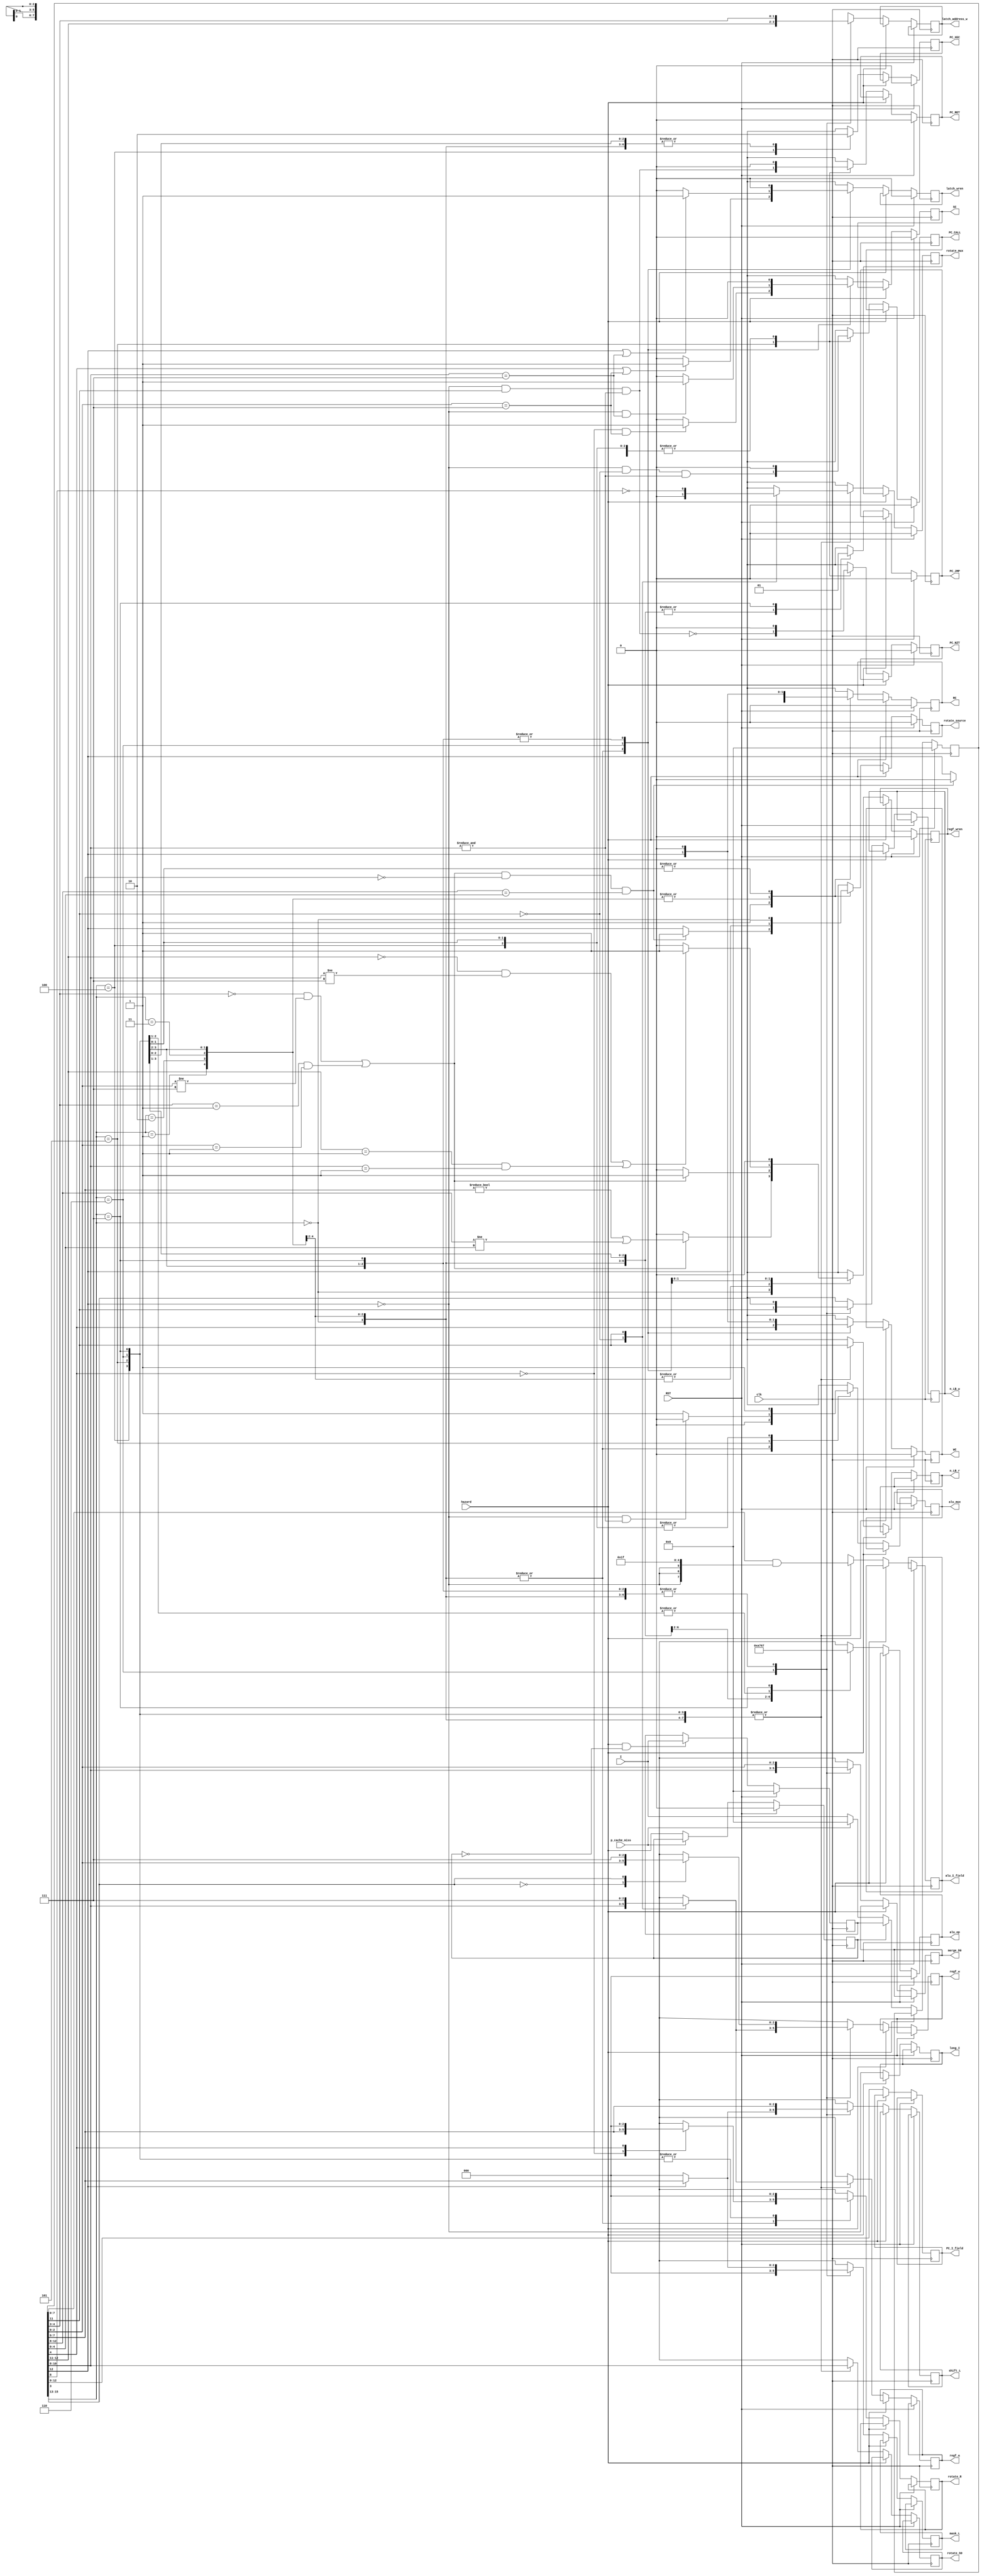
module decode_unit(
		input wire clk,
		input wire RST,
		input wire hazard,
		input wire p_cache_miss,
		input wire[15:0] I,
		output wire SC,
		output wire WC,
		output wire RC,
		output wire n_LB_w,
		output wire n_LB_r,
		output wire[2:0] rotate_S0,
		output wire[2:0] rotate_R,
		output wire rotate_source,
		output wire rotate_mux,
		output wire[2:0] mask_L,
		output wire[2:0] alu_op,
		output wire alu_mux,
		output wire[7:0] alu_I_field,
		output wire latch_wren,
		output wire[1:0] latch_address_w,
		//output wire[1:0] latch_address_r,
		output wire[2:0] merge_D0,
		output wire[2:0] shift_L,
		output wire[2:0] regf_a,
		output wire[2:0] regf_w,
		output wire regf_wren,
		output wire PC_JMP,
		output wire PC_XEC,
		output wire PC_NZT,
		output wire PC_CALL,
		output wire PC_RET,
		output wire[12:0] PC_I_field,
		output wire long_I);
reg[15:0] I_reg;
reg[15:0] I_alternate;
reg prev_hazard;

reg JMP;
reg NZT;
reg XEC;
reg CALL;
reg RET;
reg regf_wren_reg;
reg SC_reg;
reg WC_reg;
reg RC_reg;
reg[2:0] alu_op_reg;
reg n_LB_w_reg;
reg n_LB_r_reg;
reg[2:0] rotate_S0_reg;
reg[2:0] rotate_R_reg;
reg rotate_source_reg;
reg rotate_mux_reg;
reg[2:0] mask_L_reg;
reg alu_mux_reg;
reg[7:0] alu_I_field_reg;
reg latch_wren_reg;
reg[1:0] latch_address_w_reg;
//reg[1:0] latch_address_r_reg;
reg[2:0] merge_D0_reg;
reg[2:0] shift_L_reg;
reg[2:0] regf_a_reg, regf_w_reg;

reg[12:0] PC_I_field_reg;
reg long_I_reg;

always @(posedge clk)
begin
	if(RST)
	begin
		I_reg <= 16'h00;
		I_alternate <= 16'h0000;
		prev_hazard <= 1'b0;
	end
	else 
	begin
		if(~p_cache_miss)
			prev_hazard <= hazard;
		if(hazard & (~prev_hazard))
			I_alternate <= I;
		if(~hazard)
		begin
			if(prev_hazard)
				I_reg <= I_alternate;
			else if(p_cache_miss)
				I_reg <= 16'h0000;	//NOP
			else
				I_reg <= I;
		end
	end
	
	if(RST)
	begin
		JMP <= 1'b0;
		NZT <= 1'b0;
		XEC <= 1'b0;
		CALL <= 1'b0;
		RET <= 1'b0;
		regf_wren_reg <= 1'b0;
		SC_reg <= 1'b0;
		WC_reg <= 1'b0;
		RC_reg <= 1'b0;
		alu_op_reg <= 0;
		rotate_source_reg <= 1'b0;
		rotate_mux_reg <= 1'b0;
		latch_wren_reg <= 1'b0;
	end
	else if(~hazard)
	begin
		PC_I_field_reg <= I_reg[12:0];
		long_I_reg <= ~I_reg[12];
		case(I_reg[15:13])
		3'h0:	//move
		begin
			case(I_reg[11])	//S1 field
			1'h0: regf_a_reg <= I_reg[10:8];
			1'h1: regf_a_reg <= 3'h7;
			endcase
			n_LB_r_reg <= I_reg[11];
			JMP <= 1'b0;
			
			case(I_reg[11])
			1'b0: rotate_mux_reg <= 1'b0;
			1'b1: rotate_mux_reg <= ~I_reg[8];
			endcase
			if(((I_reg[4:3] == 2'b00 && I_reg[2:0] != 3'h7) || (I_reg[4:3] == 2'b01 && I_reg[2:0] == 3'b001)) & (I_reg[7:5] == 3'h0) & (I_reg[12:8] == I_reg[4:0]))	//if NOP
			begin
				//rotate_mux_reg <= 1'b1;	//is this really needed?
				rotate_source_reg <= 1'b1;
				RC_reg <= 1'b0;
			end
			else
			begin
				rotate_source_reg <= I_reg[12];
				RC_reg <= I_reg[12];
			end
			
			case(I_reg[4])
			1'b0: rotate_R_reg <= I_reg[7:5];
			1'b1: rotate_R_reg <= 3'b000;
			endcase
			rotate_S0_reg <= I_reg[10:8];
			
			if(I_reg[12])
				mask_L_reg <= I_reg[7:5];
			else
				mask_L_reg <= 3'h0;
				
			alu_op_reg <= 3'h0;	//move
			alu_mux_reg <= 1'b0;
			alu_I_field_reg <= I_reg[7:0] & {{3{~I_reg[12]}}, 5'b11111};
			
			shift_L_reg <= I_reg[7:5];
			case(I_reg[3])
			1'b0: regf_w_reg <= I_reg[2:0];
			1'b1: regf_w_reg <= 3'h7;
			endcase
			if((I_reg[4:3] == 2'b00 && I_reg[2:0] != 3'h7) || (I_reg[4:3] == 2'b01 && I_reg[2:0] == 3'b001))
				regf_wren_reg <= ((I_reg[7:5] != 3'h0) | (I_reg[12:8] != I_reg[4:0]));	//prevent NOP from triggering hazard detection
			else
				regf_wren_reg <= 1'b0;
			//latch_address_r_reg <= I_reg[4:3];
			NZT <= 1'b0;
			XEC <= 1'b0;
			CALL <= 1'b0;
			RET <= 1'b0;
			
			merge_D0_reg <= I_reg[2:0];
			WC_reg <= I_reg[4];
			if(I_reg[4] == 1'b0 && (I_reg[2:0] == 3'h7))
				SC_reg <= 1'b1;
			else
				SC_reg <= 1'b0;
			n_LB_w_reg <= I_reg[3];
			if(I_reg[4] || (I_reg[2:0] == 3'h7))
				latch_wren_reg <= 1'b1;
			else
				latch_wren_reg <= 1'b0;
			latch_address_w_reg <= I_reg[4:3];
		end
		3'h1:	//add
		begin
			case(I_reg[11])	//S1 field
			1'h0: regf_a_reg <= I_reg[10:8];
			1'h1: regf_a_reg <= 3'h7;
			endcase
			n_LB_r_reg <= I_reg[11];
			JMP <= 1'b0;
			
			case(I_reg[11])
			1'b0: rotate_mux_reg <= 1'b0;
			1'b1: rotate_mux_reg <= ~I_reg[8];
			endcase
			rotate_source_reg <= I_reg[12];
			RC_reg <= I_reg[12];
			case(I_reg[4])
			1'b0: rotate_R_reg <= I_reg[7:5];
			1'b1: rotate_R_reg <= 3'b000;
			endcase
			rotate_S0_reg <= I_reg[10:8];
			
			if(I_reg[12])
				mask_L_reg <= I_reg[7:5];
			else
				mask_L_reg <= 3'h0;
				
			alu_op_reg <= 3'h1;	//add
			alu_mux_reg <= 1'b0;
			alu_I_field_reg <= I_reg[7:0] & {{3{~I_reg[12]}}, 5'b11111};
			
			shift_L_reg <= I_reg[7:5];
			case(I_reg[3])
			1'b0: regf_w_reg <= I_reg[2:0];
			1'b1: regf_w_reg <= 3'h7;
			endcase
			if((I_reg[4:3] == 2'b00 && I_reg[2:0] != 3'h7) || (I_reg[4:3] == 2'b01 && I_reg[2:0] == 3'b001))
				regf_wren_reg <= 1'b1;
			else
				regf_wren_reg <= 1'b0;
			//latch_address_r_reg <= I_reg[4:3];
			NZT <= 1'b0;
			XEC <= 1'b0;
			CALL <= 1'b0;
			RET <= 1'b0;
			
			merge_D0_reg <= I_reg[2:0];
			WC_reg <= I_reg[4];
			if(I_reg[4] == 1'b0 && (I_reg[2:0] == 3'h7))
				SC_reg <= 1'b1;
			else
				SC_reg <= 1'b0;
			n_LB_w_reg <= I_reg[3];
			if(I_reg[4] || (I_reg[2:0] == 3'h7))
				latch_wren_reg <= 1'b1;
			else
				latch_wren_reg <= 1'b0;
			latch_address_w_reg <= I_reg[4:3];
		end
		3'h2:	//and
		begin
			case(I_reg[11])	//S1 field
			1'h0: regf_a_reg <= I_reg[10:8];
			1'h1: regf_a_reg <= 3'h7;
			endcase
			n_LB_r_reg <= I_reg[11];
			JMP <= 1'b0;
			
			case(I_reg[11])
			1'b0: rotate_mux_reg <= 1'b0;
			1'b1: rotate_mux_reg <= ~I_reg[8];
			endcase
			rotate_source_reg <= I_reg[12];
			RC_reg <= I_reg[12];
			case(I_reg[4])
			1'b0: rotate_R_reg <= I_reg[7:5];
			1'b1: rotate_R_reg <= 3'b000;
			endcase
			rotate_S0_reg <= I_reg[10:8];
			
			if(I_reg[12])
				mask_L_reg <= I_reg[7:5];
			else
				mask_L_reg <= 3'h0;
				
			alu_op_reg <= 3'h2;	//and
			alu_mux_reg <= 1'b0;
			alu_I_field_reg <= I_reg[7:0] & {{3{~I_reg[12]}}, 5'b11111};
			
			shift_L_reg <= I_reg[7:5];
			case(I_reg[3])
			1'b0: regf_w_reg <= I_reg[2:0];
			1'b1: regf_w_reg <= 3'h7;
			endcase
			if((I_reg[4:3] == 2'b00 && I_reg[2:0] != 3'h7) || (I_reg[4:3] == 2'b01 && I_reg[2:0] == 3'b001))
				regf_wren_reg <= 1'b1;
			else
				regf_wren_reg <= 1'b0;
			//latch_address_r_reg <= I_reg[4:3];
			NZT <= 1'b0;
			XEC <= 1'b0;
			CALL <= 1'b0;
			RET <= 1'b0;
			
			merge_D0_reg <= I_reg[2:0];
			WC_reg <= I_reg[4];
			if(I_reg[4] == 1'b0 && (I_reg[2:0] == 3'h7))
				SC_reg <= 1'b1;
			else
				SC_reg <= 1'b0;
			n_LB_w_reg <= I_reg[3];
			if(I_reg[4] || (I_reg[2:0] == 3'h7))
				latch_wren_reg <= 1'b1;
			else
				latch_wren_reg <= 1'b0;
			latch_address_w_reg <= I_reg[4:3];
		end
		3'h3:	//xor
		begin
			case(I_reg[11])	//S1 field
			1'h0: regf_a_reg <= I_reg[10:8];
			1'h1: regf_a_reg <= 3'h7;
			endcase
			n_LB_r_reg <= I_reg[11];
			JMP <= 1'b0;
			
			case(I_reg[11])
			1'b0: rotate_mux_reg <= 1'b0;
			1'b1: rotate_mux_reg <= ~I_reg[8];
			endcase
			rotate_source_reg <= I_reg[12];
			RC_reg <= I_reg[12];
			case(I_reg[4])
			1'b0: rotate_R_reg <= I_reg[7:5];
			1'b1: rotate_R_reg <= 3'b000;
			endcase
			rotate_S0_reg <= I_reg[10:8];
			
			if(I_reg[12])
				mask_L_reg <= I_reg[7:5];
			else
				mask_L_reg <= 3'h0;
				
			alu_op_reg <= 3'h3;	//xor
			alu_mux_reg <= 1'b0;
			alu_I_field_reg <= I_reg[7:0] & {{3{~I_reg[12]}}, 5'b11111};
			
			shift_L_reg <= I_reg[7:5];
			case(I_reg[3])
			1'b0: regf_w_reg <= I_reg[2:0];
			1'b1: regf_w_reg <= 3'h7;
			endcase
			if((I_reg[4:3] == 2'b00 && I_reg[2:0] != 3'h7) || (I_reg[4:3] == 2'b01 && I_reg[2:0] == 3'b001))
				regf_wren_reg <= 1'b1;
			else
				regf_wren_reg <= 1'b0;
			//latch_address_r_reg <= I_reg[4:3];
			NZT <= 1'b0;
			XEC <= 1'b0;
			CALL <= 1'b0;
			RET <= 1'b0;
			
			merge_D0_reg <= I_reg[2:0];
			WC_reg <= I_reg[4];
			if(I_reg[4] == 1'b0 && (I_reg[2:0] == 3'h7))
				SC_reg <= 1'b1;
			else
				SC_reg <= 1'b0;
			n_LB_w_reg <= I_reg[3];
			if(I_reg[4] || (I_reg[2:0] == 3'h7))
				latch_wren_reg <= 1'b1;
			else
				latch_wren_reg <= 1'b0;
			latch_address_w_reg <= I_reg[4:3];
		end
		3'h4:	//xec
		begin
			case(I_reg[11])	//S1 field
			1'h0: regf_a_reg <= I_reg[10:8];
			1'h1: regf_a_reg <= 3'h7;
			endcase
			n_LB_r_reg <= I_reg[11];
			JMP <= 1'b0;
			
			case(I_reg[11])
			1'b0: rotate_mux_reg <= 1'b0;
			1'b1: rotate_mux_reg <= ~I_reg[8];
			endcase
			rotate_source_reg <= I_reg[12];
			RC_reg <= I_reg[12];
			rotate_R_reg <= 3'b000;
			rotate_S0_reg <= I_reg[10:8];
			
			if(I_reg[12])
				mask_L_reg <= I_reg[7:5];
			else
				mask_L_reg <= 3'h0;
			
			alu_op_reg <= 3'h5;
			alu_mux_reg <= 1'b1;
			alu_I_field_reg <= I_reg[7:0] & {{3{~I_reg[12]}}, 5'b11111};
			
			shift_L_reg <= I_reg[7:5];
			case(I_reg[3])
			1'b0: regf_w_reg <= I_reg[2:0];
			1'b1: regf_w_reg <= 3'h7;
			endcase
			regf_wren_reg <= 1'b0;
			//latch_address_r_reg <= I_reg[4:3];
			NZT <= 1'b0;
			XEC <= 1'b1;
			CALL <= 1'b0;
			RET <= 1'b0;
			
			merge_D0_reg <= I_reg[2:0];
			WC_reg <= 1'b0;
			SC_reg <= 1'b0;
			n_LB_w_reg <= I_reg[3];
			latch_wren_reg <= 1'b0;
			latch_address_w_reg <= I_reg[4:3];
		end
		3'h5:	//nzt
		begin
			case(I_reg[11])	//S1 field
			1'h0: regf_a_reg <= I_reg[10:8];
			1'h1: regf_a_reg <= 3'h7;
			endcase
			n_LB_r_reg <= I_reg[11];
			JMP <= 1'b0;
			
			case(I_reg[11])
			1'b0: rotate_mux_reg <= 1'b0;
			1'b1: rotate_mux_reg <= ~I_reg[8];
			endcase
			rotate_source_reg <= I_reg[12];
			RC_reg <= I_reg[12];
			rotate_R_reg <= 3'b000;
			rotate_S0_reg <= I_reg[10:8];
			
			if(I_reg[12])
				mask_L_reg <= I_reg[7:5];
			else
				mask_L_reg <= 3'h0;
			
			alu_op_reg <= 3'h4;
			alu_mux_reg <= ((~I_reg[12]) & (&I_reg[10:8])) ? 1'b0 : 1'b1;
			alu_I_field_reg <= I_reg[7:0] & {{3{~I_reg[12]}}, 5'b11111};
			
			shift_L_reg <= I_reg[7:5];
			case(I_reg[3])
			1'b0: regf_w_reg <= I_reg[2:0];
			1'b1: regf_w_reg <= 3'h7;
			endcase
			regf_wren_reg <= 1'b0;
			//latch_address_r_reg <= I_reg[4:3];
			NZT <= ~((~I_reg[12]) & (I_reg[11]) & (&I_reg[10:8]));	//no NZT for return instructions
			XEC <= 1'b0;
			CALL <= (~I_reg[12]) & (~I_reg[11]) & (&I_reg[10:8]);
			RET <= (~I_reg[12]) & (I_reg[11]) & (&I_reg[10:8]);
			
			merge_D0_reg <= I_reg[2:0];
			WC_reg <= 1'b0;
			SC_reg <= 1'b0;
			n_LB_w_reg <= I_reg[3];
			latch_wren_reg <= 1'b0;
			latch_address_w_reg <= I_reg[4:3];
		end
		3'h6:	//xmit
		begin
			case(I_reg[11])	//S1 field
			1'h0: regf_a_reg <= I_reg[10:8];
			1'h1: regf_a_reg <= 3'h7;
			endcase
			n_LB_r_reg <= I_reg[11];
			JMP <= 1'b0;
			
			//rotate_mux_reg <= 1'b1;
			case(I_reg[11])
			1'b0: rotate_mux_reg <= 1'b0;
			1'b1: rotate_mux_reg <= ~I_reg[8];
			endcase
			rotate_source_reg <= 1'b1;
			RC_reg <= 1'b0;
			rotate_R_reg <= 3'b000;
			rotate_S0_reg <= I_reg[10:8];
			mask_L_reg <= 3'h0;
			
			if(I_reg[12])
				shift_L_reg <= I_reg[7:5];
			else
				shift_L_reg <= 3'h0;
			
			alu_op_reg <= 3'h4;
			alu_mux_reg <= 1'b1;
			alu_I_field_reg <= I_reg[7:0] & {{3{~I_reg[12]}}, 5'b11111};
			
			case(I_reg[11])
			1'b0: regf_w_reg <= I_reg[10:8];
			1'b1: regf_w_reg <= 3'h7;
			endcase
			if((I_reg[12:11] == 2'b00 && I_reg[10:8] != 3'h7) || (I_reg[12:11] == 2'b01 && I_reg[10:8] == 3'b001))
				regf_wren_reg <= 1'b1;
			else
				regf_wren_reg <= 1'b0;
			//latch_address_r_reg <= I_reg[12:11];
			NZT <= 1'b0;
			XEC <= 1'b0;
			CALL <= 1'b0;
			RET <= 1'b0;
			
			merge_D0_reg <= I_reg[10:8];
			WC_reg <= I_reg[12];
			if(I_reg[12] == 1'b0 && (I_reg[10:8] == 3'h7))
				SC_reg <= 1'b1;
			else
				SC_reg <= 1'b0;
			n_LB_w_reg <= I_reg[11];
			if(I_reg[12] || (I_reg[10:8] == 3'h7))
				latch_wren_reg <= 1'b1;
			else
				latch_wren_reg <= 1'b0;
			latch_address_w_reg <= I_reg[12:11];
		end
		3'h7:	//jmp
		begin
			case(I_reg[11])	//S1 field
			1'h0: regf_a_reg <= I_reg[10:8];
			1'h1: regf_a_reg <= 3'h7;
			endcase
			n_LB_r_reg <= I_reg[11];
			JMP <= 1'b1;
			
			//rotate_mux_reg <= 1'b1;
			case(I_reg[11])
			1'b0: rotate_mux_reg <= 1'b0;
			1'b1: rotate_mux_reg <= ~I_reg[8];
			endcase
			rotate_source_reg <= 1'b1;
			RC_reg <= 1'b0;
			rotate_R_reg <= 3'b000;
			rotate_S0_reg <= I_reg[10:8];
			
			if(I_reg[12])
				mask_L_reg <= I_reg[7:5];
			else
				mask_L_reg <= 3'h0;
			
			alu_op_reg <= 3'h7;
			alu_mux_reg <= 1'b1;
			alu_I_field_reg <= I_reg[7:0] & {{3{~I_reg[12]}}, 5'b11111};
			
			shift_L_reg <= I_reg[7:5];
			case(I_reg[3])
			1'b0: regf_w_reg <= I_reg[2:0];
			1'b1: regf_w_reg <= 3'h7;
			endcase
			regf_wren_reg <= 1'b0;
			//latch_address_r_reg <= I_reg[4:3];
			NZT <= 1'b0;
			XEC <= 1'b0;
			CALL <= 1'b0;
			RET <= 1'b0;
			
			merge_D0_reg <= I_reg[2:0];
			WC_reg <= 1'b0;
			SC_reg <= 1'b0;
			n_LB_w_reg <= I_reg[3];
			latch_wren_reg <= 1'b0;
			latch_address_w_reg <= I_reg[4:3];
		end
		endcase
	end
end
assign SC = SC_reg;
assign WC = WC_reg;
//assign RC = (~rotate_mux_reg) & rotate_source_reg;
assign RC = RC_reg;
assign n_LB_w = n_LB_w_reg;
assign n_LB_r = n_LB_r_reg;
assign rotate_S0 = rotate_S0_reg;
assign rotate_R = rotate_R_reg;
assign rotate_source = rotate_source_reg;
assign rotate_mux = rotate_mux_reg;
assign mask_L = mask_L_reg;
assign alu_op = alu_op_reg;
assign alu_mux = alu_mux_reg;
assign alu_I_field = alu_I_field_reg;
assign latch_wren = latch_wren_reg;
assign latch_address_w = latch_address_w_reg;
//assign latch_address_r = latch_address_r_reg;
assign merge_D0 = merge_D0_reg;
assign shift_L = shift_L_reg;
assign regf_a = regf_a_reg;
assign regf_w = regf_w_reg;
assign regf_wren = regf_wren_reg;
assign PC_JMP = JMP;
assign PC_XEC = XEC;
assign PC_NZT = NZT;
assign PC_CALL = CALL;
assign PC_RET = RET;
assign PC_I_field = PC_I_field_reg;
assign long_I = long_I_reg;
endmodule